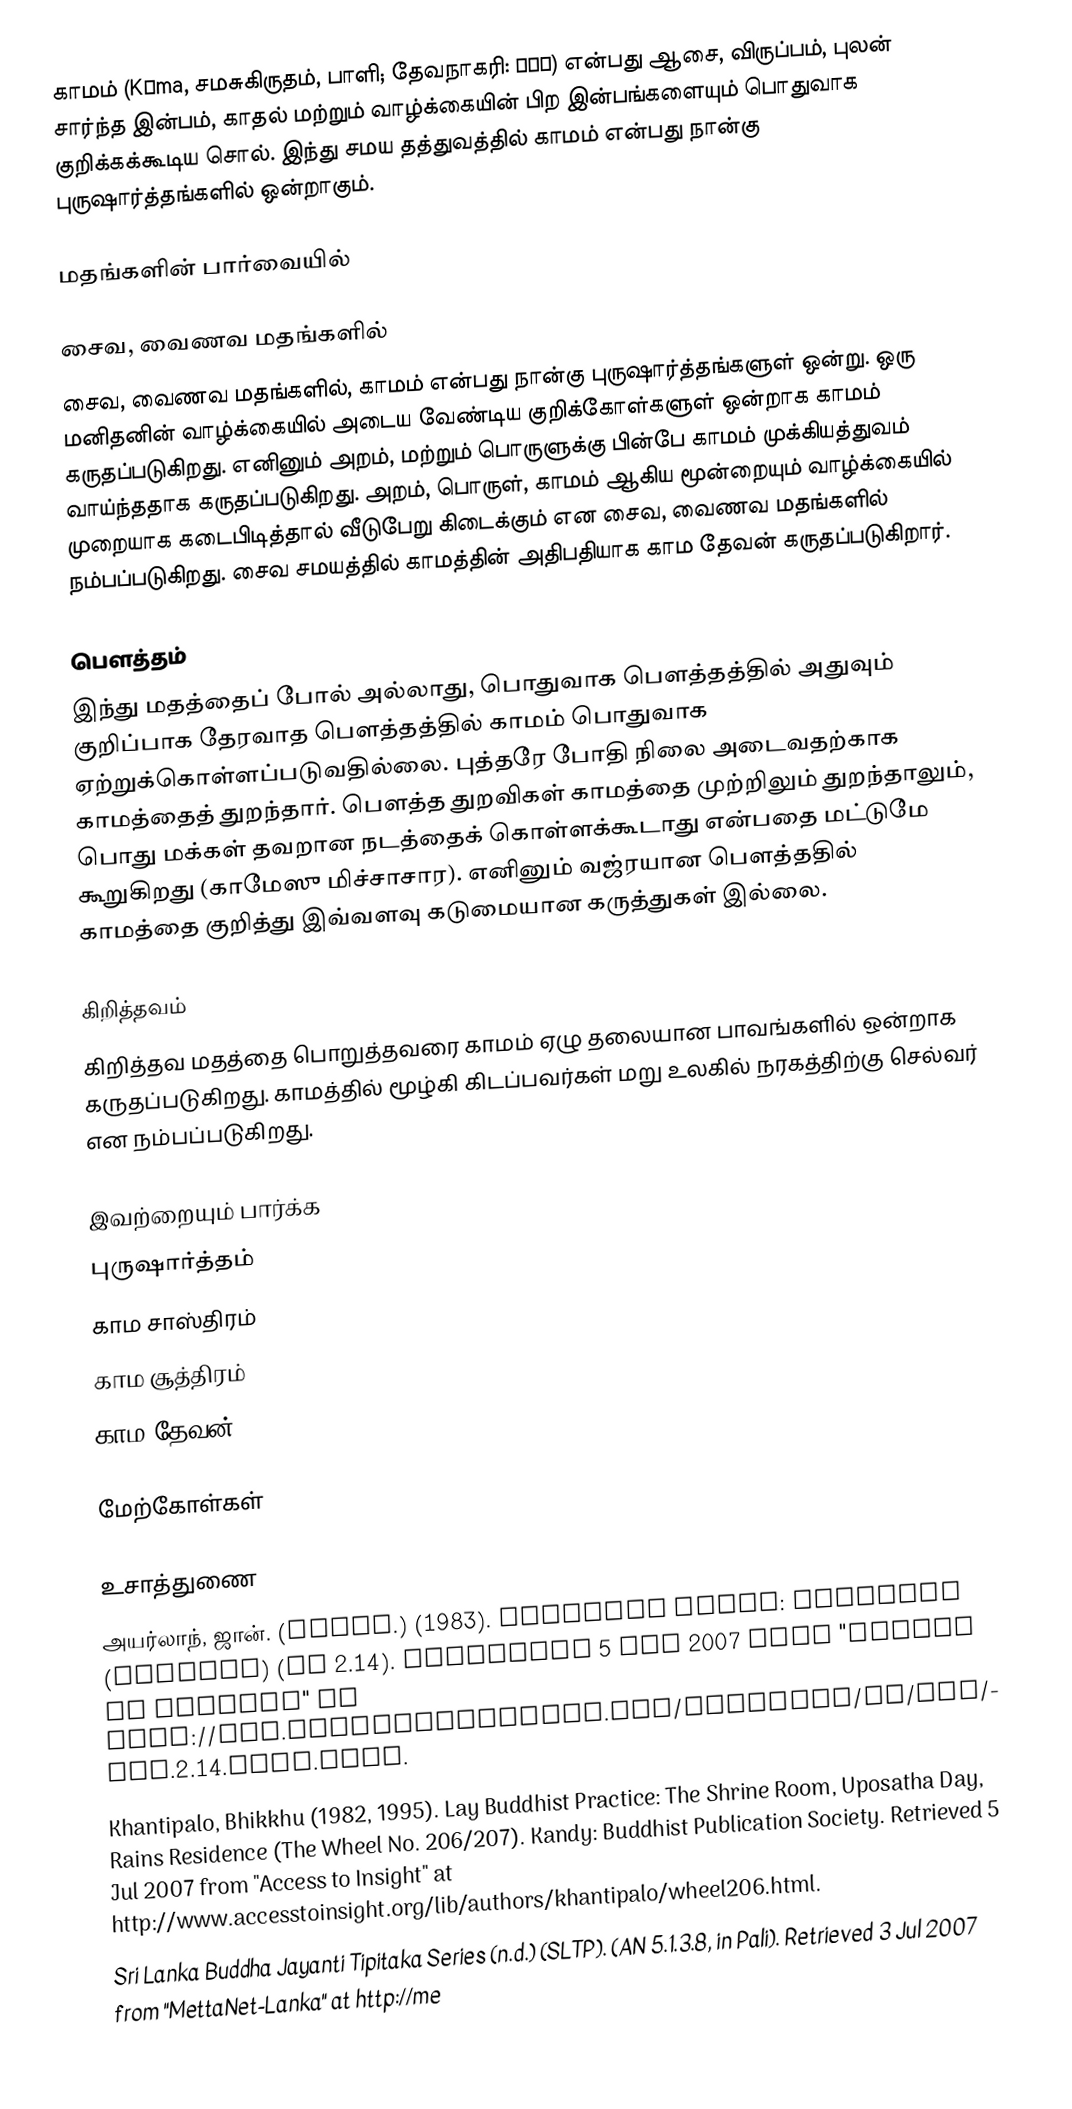
காமம் (Kāma, சமசுகிருதம், பாளி; தேவநாகரி: काम) என்பது ஆசை, விருப்பம், புலன் சார்ந்த இன்பம், காதல் மற்றும் வாழ்க்கையின் பிற இன்பங்களையும் பொதுவாக குறிக்கக்கூடிய சொல். இந்து சமய தத்துவத்தில் காமம் என்பது நான்கு புருஷார்த்தங்களில் ஒன்றாகும்.

மதங்களின் பார்வையில்

சைவ, வைணவ மதங்களில்
சைவ, வைணவ மதங்களில், காமம் என்பது நான்கு புருஷார்த்தங்களுள் ஒன்று. ஒரு மனிதனின் வாழ்க்கையில் அடைய வேண்டிய குறிக்கோள்களுள் ஒன்றாக காமம் கருதப்படுகிறது. எனினும் அறம், மற்றும் பொருளுக்கு பின்பே காமம் முக்கியத்துவம் வாய்ந்ததாக கருதப்படுகிறது. அறம், பொருள், காமம் ஆகிய மூன்றையும் வாழ்க்கையில் முறையாக கடைபிடித்தால் வீடுபேறு கிடைக்கும் என சைவ, வைணவ மதங்களில் நம்பப்படுகிறது. சைவ சமயத்தில் காமத்தின் அதிபதியாக காம தேவன் கருதப்படுகிறார்.

பௌத்தம்
இந்து மதத்தைப் போல் அல்லாது, பொதுவாக பௌத்தத்தில் அதுவும் குறிப்பாக தேரவாத பௌத்தத்தில் காமம் பொதுவாக ஏற்றுக்கொள்ளப்படுவதில்லை. புத்தரே போதி நிலை அடைவதற்காக காமத்தைத் துறந்தார். பௌத்த துறவிகள் காமத்தை முற்றிலும் துறந்தாலும், பொது மக்கள் தவறான நடத்தைக் கொள்ளக்கூடாது என்பதை மட்டுமே கூறுகிறது (காமேஸு மிச்சாசார). எனினும் வஜ்ரயான பௌத்ததில் காமத்தை குறித்து இவ்வளவு கடுமையான கருத்துகள் இல்லை.

கிறித்தவம்
கிறித்தவ மதத்தை பொறுத்தவரை காமம் ஏழு தலையான பாவங்களில் ஒன்றாக கருதப்படுகிறது. காமத்தில் மூழ்கி கிடப்பவர்கள் மறு உலகில் நரகத்திற்கு செல்வர் என நம்பப்படுகிறது.

இவற்றையும் பார்க்க
 புருஷார்த்தம்
 காம சாஸ்திரம்
 காம சூத்திரம்
 காம தேவன்

மேற்கோள்கள்

உசாத்துணை
 அயர்லாந், ஜான். (trans.) (1983). Dhammika Sutta: Dhammika (excerpt) (Sn 2.14). Retrieved 5 Jul 2007 from "Access to Insight" at http://www.accesstoinsight.org/tipitaka/kn/snp/snp.2.14.irel.html.
 Khantipalo, Bhikkhu (1982, 1995). Lay Buddhist Practice: The Shrine Room, Uposatha Day, Rains Residence (The Wheel No. 206/207). Kandy: Buddhist Publication Society. Retrieved 5 Jul 2007 from "Access to Insight" at http://www.accesstoinsight.org/lib/authors/khantipalo/wheel206.html.
 Sri Lanka Buddha Jayanti Tipitaka Series (n.d.) (SLTP).  (AN 5.1.3.8, in Pali). Retrieved 3 Jul 2007 from "MettaNet-Lanka" at http://me